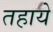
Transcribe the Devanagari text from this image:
तहाये